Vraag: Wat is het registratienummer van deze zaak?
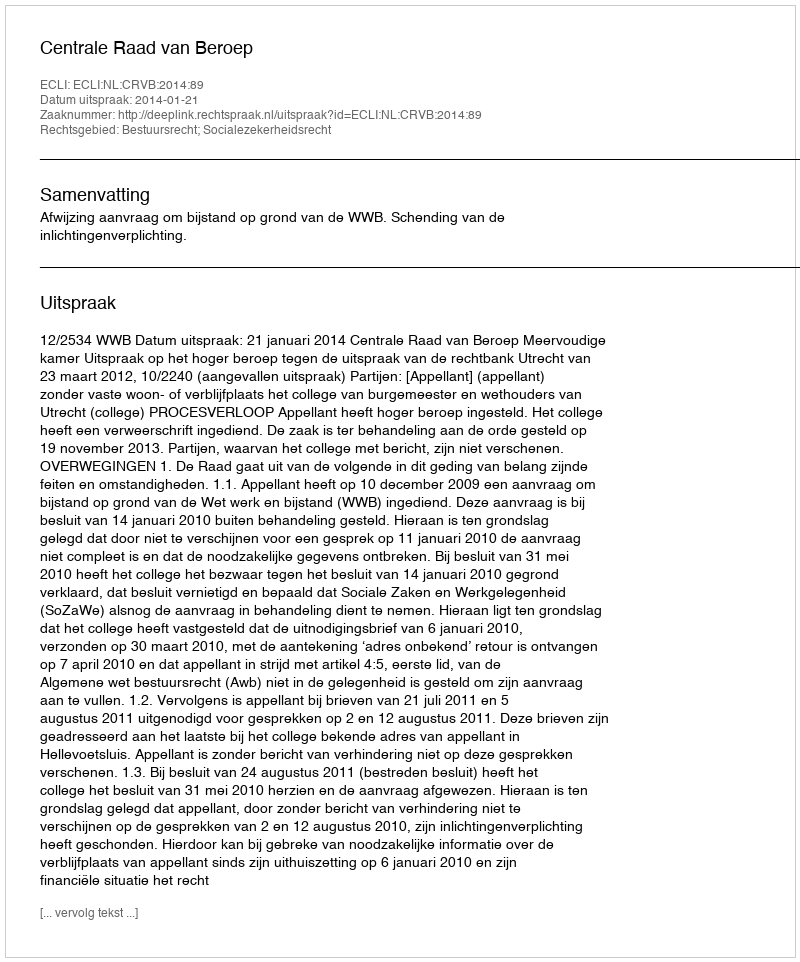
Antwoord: http://deeplink.rechtspraak.nl/uitspraak?id=ECLI:NL:CRVB:2014:89